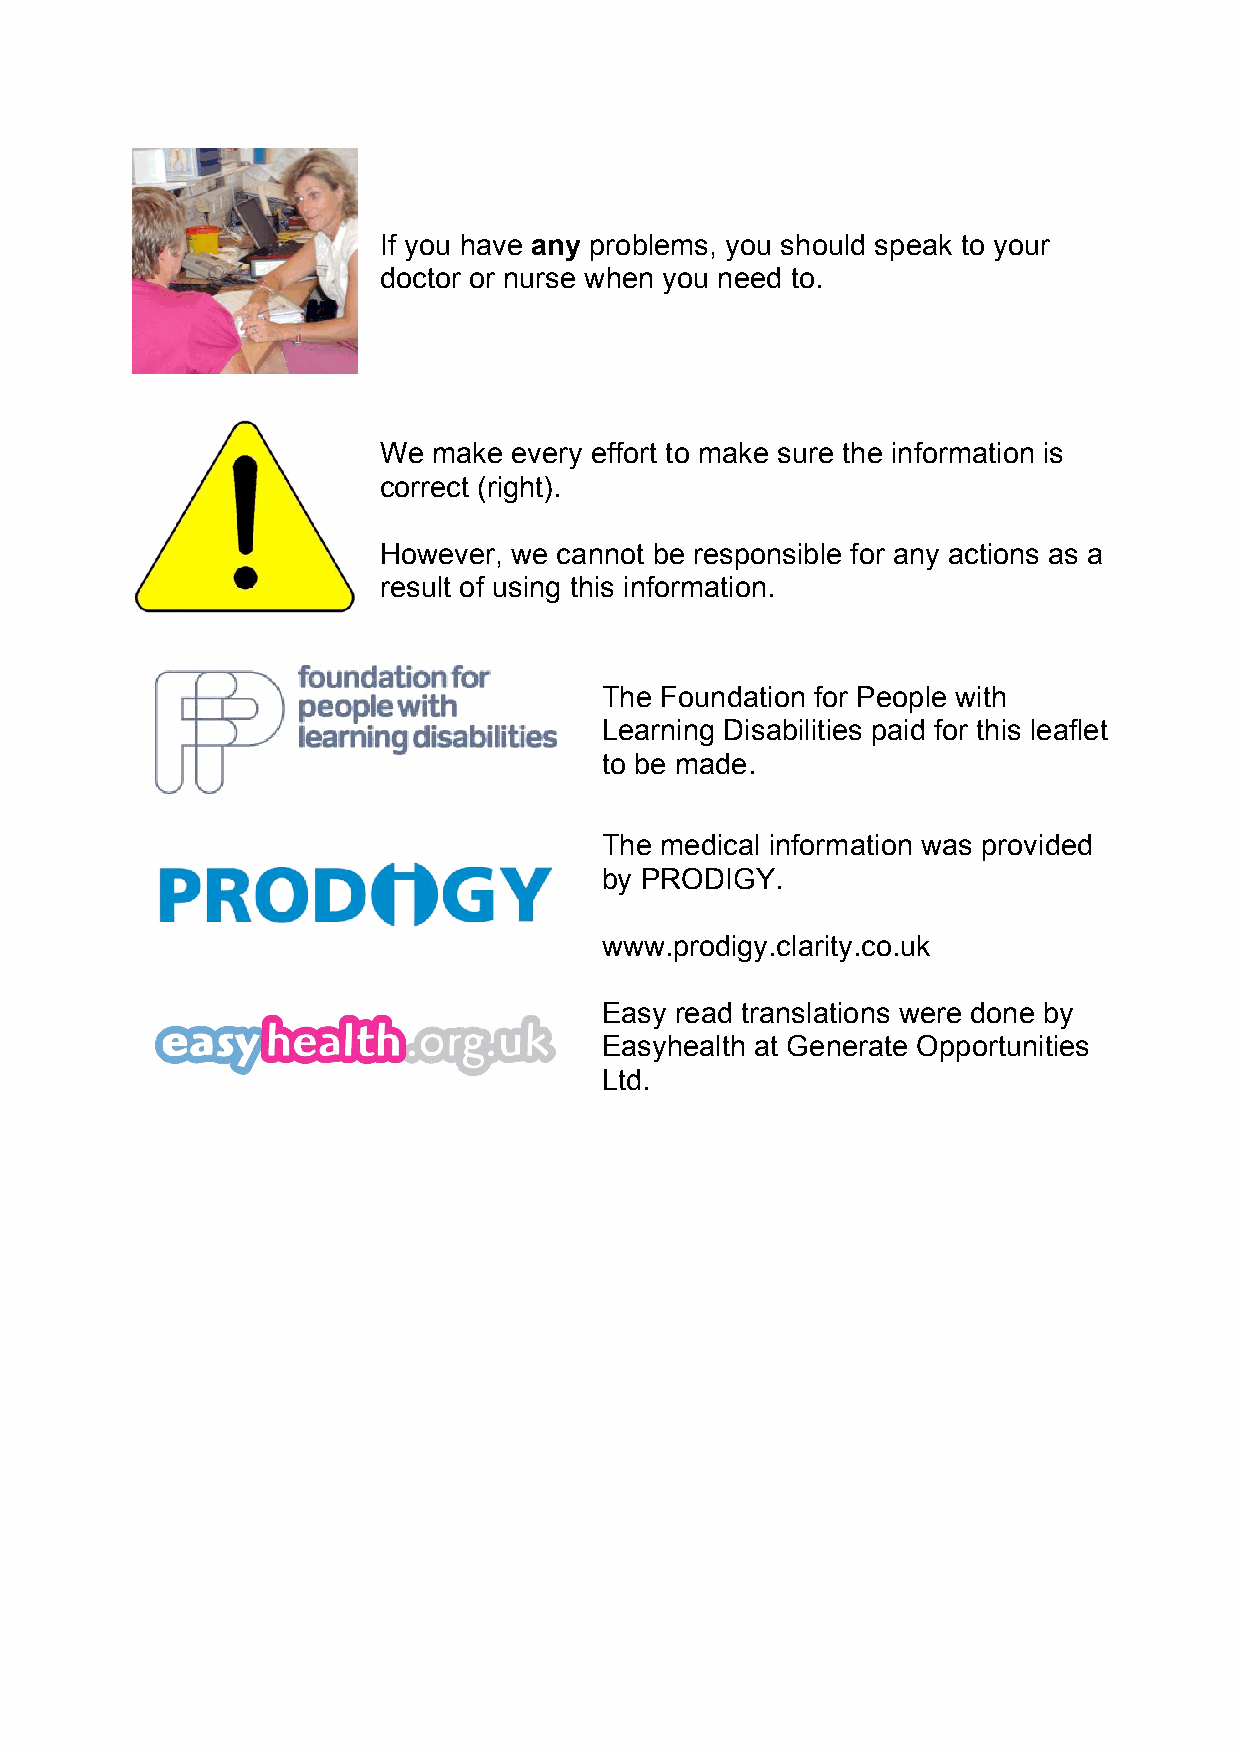
If you have any problems, you should speak to your
 doctor or nurse when you need to.
 We  make every effort to make sure the information is
 correct (right).
 However, we cannot be responsible for any actions as a
 result of using this information.
 The Foundation for People with
 Learning Disabilities paid for this leaflet
 to be made.
 The medical information was provided
 by PRODIGY.
 www.prodigy.clarity.co.uk
 Easy read translations were done by
 Easyhealth at Generate Opportunities
 Ltd.